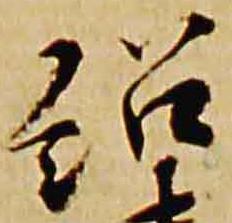
紹